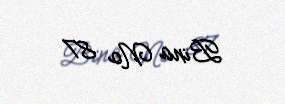
Bina № 87